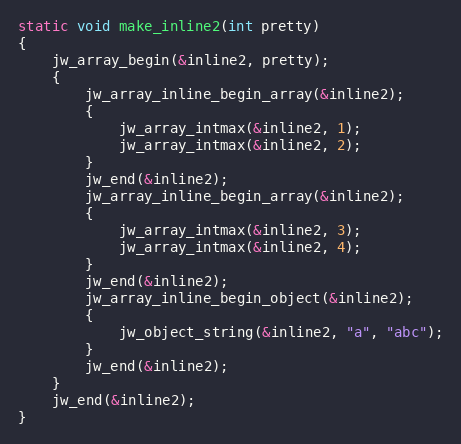
Language: C
static void make_inline2(int pretty)
{
	jw_array_begin(&inline2, pretty);
	{
		jw_array_inline_begin_array(&inline2);
		{
			jw_array_intmax(&inline2, 1);
			jw_array_intmax(&inline2, 2);
		}
		jw_end(&inline2);
		jw_array_inline_begin_array(&inline2);
		{
			jw_array_intmax(&inline2, 3);
			jw_array_intmax(&inline2, 4);
		}
		jw_end(&inline2);
		jw_array_inline_begin_object(&inline2);
		{
			jw_object_string(&inline2, "a", "abc");
		}
		jw_end(&inline2);
	}
	jw_end(&inline2);
}